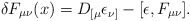
\begin{align*}\delta F_{\mu\nu}(x) = D_{[\mu}\epsilon_{\nu]} - [\epsilon,F_{\mu\nu}].\end{align*}